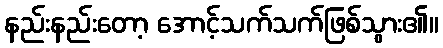
နည်းနည်းတော့ အောင့်သက်သက်ဖြစ်သွား၏။